Mental hospitals Bombay report 1921-28 - 1921-1928
Year: 1921
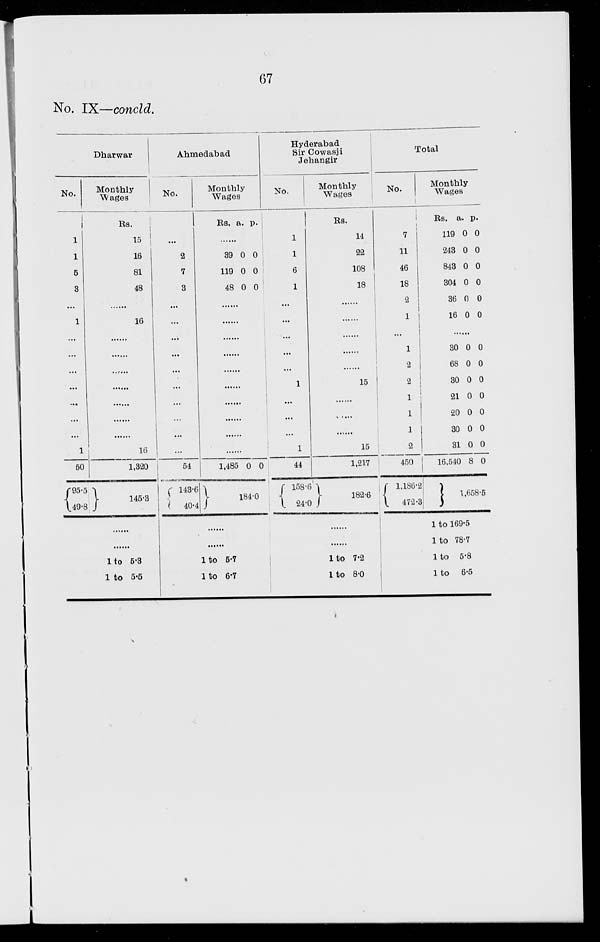
67
No. IX—concld.
No.
1
1
5
3
...
1
...
...
...
...
...
...
...
1
50
95.5
49.8
Dharwar
Monthly
Wages
Rs.
15
16
81
48
......
16
......
......
......
......
......
...
......
16
1,320
145.3
......
......
1 to 5.3
1 to 5.5
Ahmedabad
No.
...
2
7
3
...
...
...
...
...
...
...
...
...
...
54
143.6
40.4
Monthly
Wages
Rs. a. p.
......
39
119
48
0
0
0
0
0
0
......
......
......
......
......
......
......
......
......
......
1,485 0 0
184.0
......
......
1 to 5.7
1 to 6.7
Hyderabad
Sir Cowasji
Jehangir
No.
1
1
6
1
...
...
...
...
...
1
...
...
...
1
44
158.6
24.0
Monthly
Wages
Rs.
14
22
108
18
......
......
......
......
......
15
......
......
......
15
1,217
182.6
......
......
1
to 7.2
1 to 8.0
Total
No.
7
11
46
18
2
1
...
1
2
2
1
1
1
2
450
1,186.2
472.3
Monthly
Wages
Rs.
119
243
843
304
36
16
a.
0
0
0
0
0
0
p.
0
0
0
0
0
0
......
30
68
30
21
20
30
31
16,540
0
0
0
0
0
0
0
8
0
0
0
0
0
0
0
0
1,658.5
1 to 169.5
1 to 78.7
1 to 5.8
1 to 6.5